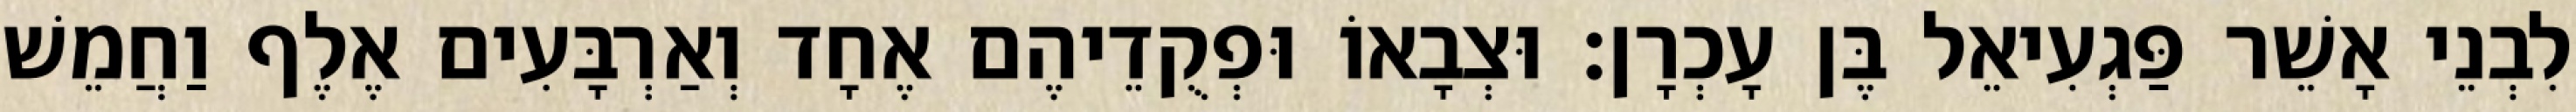
לִבְנֵי אָשֵׁר פַּגְעִיאֵל בֶּן עָכְרָן׃ וּצְבָאוֹ וּפְקֻדֵיהֶם אֶחָד וְאַרְבָּעִים אֶלֶף וַחֲמֵשׁ